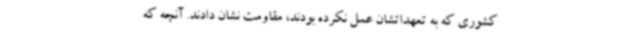
کشوری که به تعهداتشان عمل نکرده بودند، مقاومت نشان دادند. آنچه که